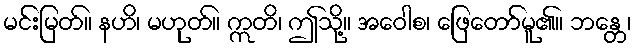
မင်းမြတ်။ နဟိ၊ မဟုတ်။ ဣတိ၊ ဤသို့။ အဝေါစ၊ ဖြေတော်မူ၏။ ဘန္တေ၊